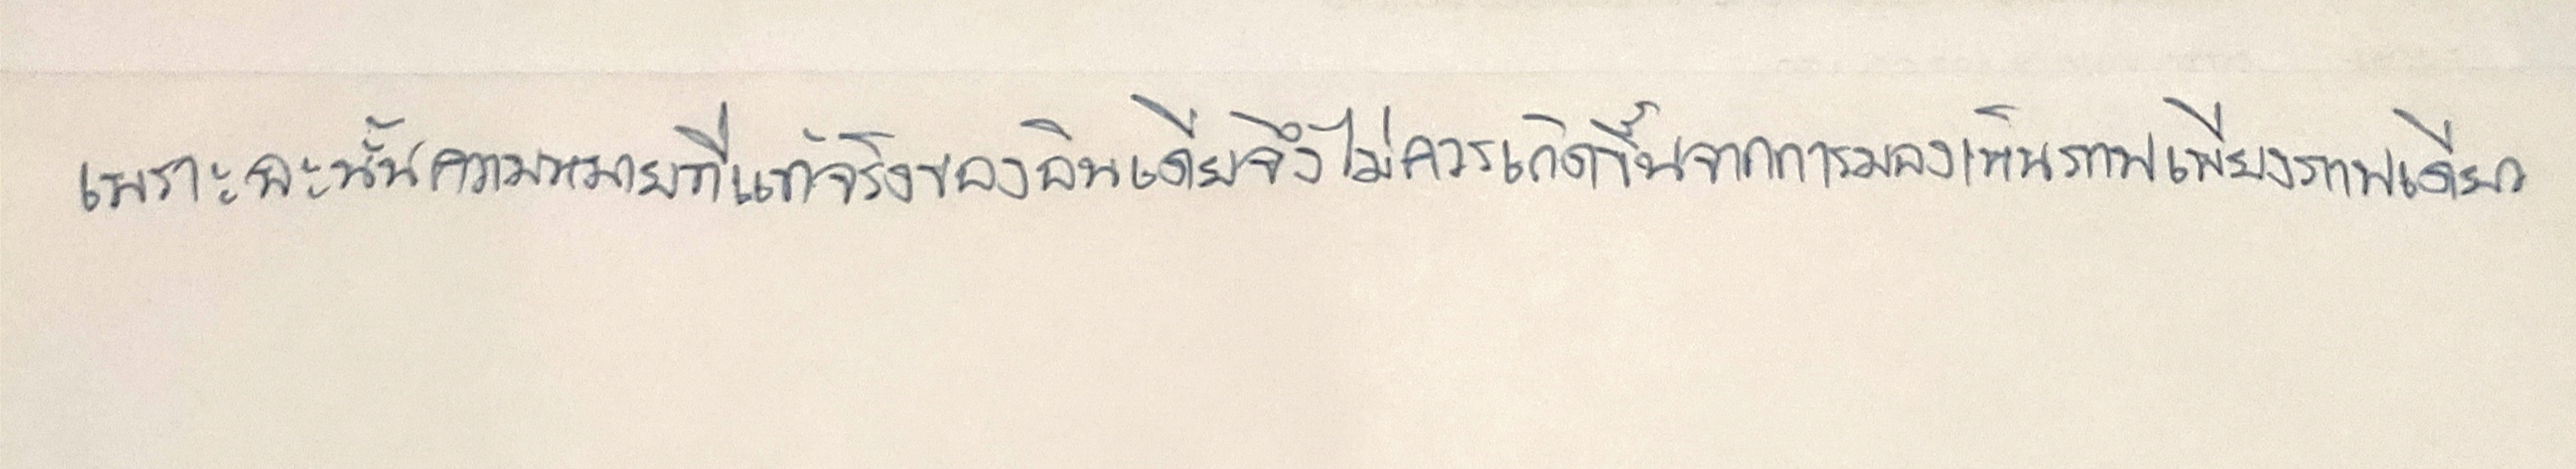
เพราะฉะนั้นความหมายที่แท้จริงของอินเดียจึงไม่ควรเกิดขึ้นจากการมองเห็นภาพเพียงภาพเดียว